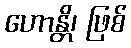
ဟောန္တိ၊ ဖြစ်